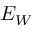
E _ { W }